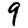
Digit: 9